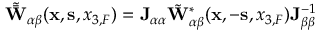
\begin{array} { r } { \tilde { \bar { { \bf W } } } _ { \alpha \beta } ( { { \bf x } } , { { \bf s } } , { x _ { 3 , F } } ) = { \bf J } _ { \alpha \alpha } { \tilde { \bf W } } _ { \alpha \beta } ^ { * } ( { { \bf x } } , - { { \bf s } } , { x _ { 3 , F } } ) { \bf J } _ { \beta \beta } ^ { - 1 } } \end{array}